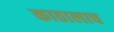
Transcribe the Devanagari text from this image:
काठालाच